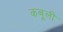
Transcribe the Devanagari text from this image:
कबूली